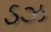
ડઝ